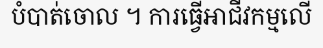
បំបាត់ចោល ។ ការធ្វើអាជីវកម្មលើ